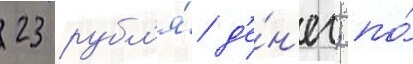
23 рубл'я́ д'е́н'ег; по́